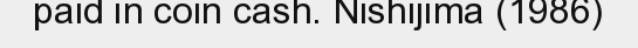
paid in coin cash. Nishijima (1986)